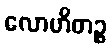
လောဟိတဉ္စ